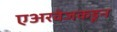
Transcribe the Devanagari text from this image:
एअरवेजकडून